Vaccination in Bombay 1902-1912 - 1902-1912
Year: 1902
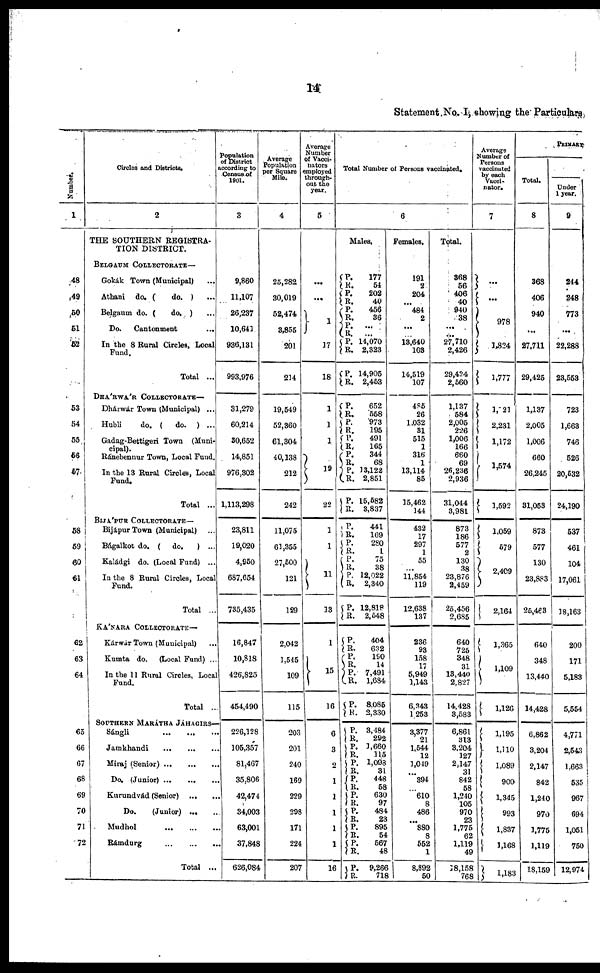
14
Statement No. I, showing the Particulars,
Number.
1
48
49
50
51
52
53
54
55
56
57
58
59
60
61
62
63
64
65
66
67
68
69
70
71
72
Circles and Districts.
2
THE SOUTHERN REGISTRA-
TION DISTRICT.
BELGAUM COLLECTORATE—
Gokák Town (Municipal) ...
Athani
do. (
do. ) ...
Belgaum do. (
do. ) ...
Do.
Cantonment
...
In the 8 Rural Circles, Local
Fund.
Total ...
DHÁRWÁR COLLECTORATE—
Dhárwár Town (Municipal) ...
Hubli
do. (
do.
) ...
Gadag-Bettigeri Town (Muni-
-------
Ránebennur Town, Local Fund.
In the 13 Rural Circles, Local
Fund.
Total ...
BIJÁPUR COLLECTORATE—
Bijápur Town (Municipal) ...
Bágalkot do. (
do.
) ...
Kaládgi do. (Local Fund) ...
In the 8 Rural Circles, Local
Fund.
Total ...
KÁNARA COLLEOTORATE—
Kárwár Town (Municipal) ...
Kumta do.
(Local Fund) ...
In the 11 Rural Circles, Local
Fund.
Total ...
SOUTHERN MARÁTHA JÁHAGIRS—
Sángli
...
...
...
Jamkhandi
...
...
...
Miraj (Senior) ... ... ...
Do. (Junior) ... ... ...
Kurundvád (Senior) ... ... ...
Do.
(Junior) ... ...
Mudhol
...
...
Rámdurg
...
...
...
Total ...
Population
of District
according to
Census of
1901.
3
9,860
11,107
26,237
10,641
936,131
993,976
31,279
60,214
30,652
14,851
976,302
1,113,298
23,811
19,020
4,950
687,654
735,435
16,847
10,818
426,825
454,490
226,128
105,357
81,467
35,806
42,474
34,003
63,001
37,848
626,084
Average
Population
per Square
Mile.
4
25,282
30,019
52,474
3,855
201
214
19,549
52,360
61,304
40,138
212
242
11,075
61,355
27,500
121
129
2,042
1,545
109
115
203
201
240
169
229
298
171
224
207
Average
Number
of Vacci-
nators
employed
through-
out the
year.
5
...
...
1
17
18
1
1
1
19
22
1
1
11
13
1
15
16
6
3
2
1
1
1
1
1
16
Total Number of Persons vaccinated.
6
Males.
P.
R.
P.
R.
P.
R. P.
R.
P.
R.
P.
R.
P.
R.
P.
R. P.
R. P.
R.
P.
R.
P.
R.
P.
R.
P.
R.
P.
R.
P.
R.
P.
R.
P.
R.
P.
R.
P.
R.
P.
R.
P.
R.
P.
R.
P.
R.
P.
R. P.
R. P. R.
P.
R.
P.
R.
P.
R.
177
54
202
40
456
36
...
...
14,070
2,323
14,905
2,453
652
558
973
195
491
165
344
68
13,122
2,851
15,582
3,837
441
169
280
1
75
38
12,022
2,340
12,818
2,548
404
632
190
14
7,491
1,684
8,085
2,330
3,484
292
1,660
115
1,098
31
448
58
630
97
484
23
895
54
567
48
9,266
718
Females.
191
2
204
...
484
2
...
...
13,640
103
14,519
107
485
26
1,032
31
515
1
316
1
13,114
85
15,462
144
432
17
297
1
55
...
11,854
119
12,638
137
236
93
158
17
5,949
1,143
6,343
1,253
3,377
21
1,544
12
1,049
...
394
...
610
8
486
...
880
8
552
1
8,892
50
Total.
368
56
406
40
940
38
...
...
27,710
2,426
29,424
2,560
1,137
584
2,005
226
1,006
166
660
69
26,236
2,936
31,044
3,981
873
186
577
2
130
38
23,876
2,459
25,456
2,685
640
725
348
31
13,440
2,827
14,428
3,583
6,861
313
3,204
127
2,147
31
842
58
1,240
105
970
23
1,775
62
1,119
49
18,158
768
Average
Number of
Persons
vaccinated
by each
Vacci-
nator.
7
...
...
978
1,824
1,777
1, 21
2,231
1,172
1,574
1,592
1,059
579
2,409
2,164
1,365
1,109
1,126
1,195
1,110
1,089
900
1,345
993
1,837
1,168
1,183
PRIMARY
Total.
8
368
406
940
...
27,711
29,425
1,137
2,005
1,006
660
26,245
31,053
873
577
130
23,883
25,463
640
348
13,440
14,428
6,862
3,204
2,147
842
1,240
970
1,775
1,119
18,159
Under
1 year.
9
244
248
773
...
22,288
23,553
723
1,663
746
526
20,532
24,190
537
461
104
17,061
18,163
200
171
5,183
5,554
4,771
2,543
1,663
535
967
694
1,051
750
12,974